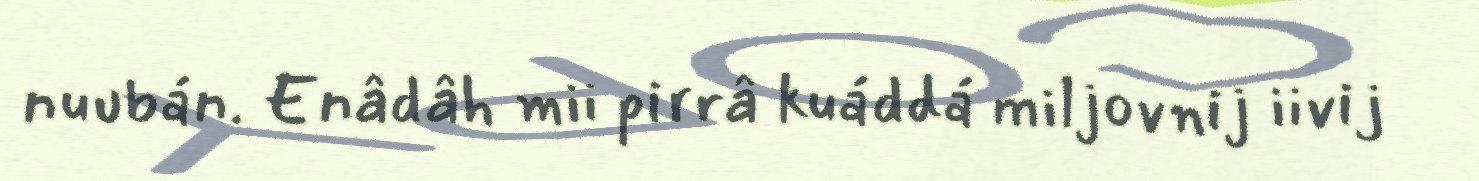
nuubán. Enâdâh mii pirrâ kuáddá miljovnij iivij